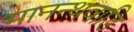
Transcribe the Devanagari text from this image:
मानन्थवाडि